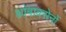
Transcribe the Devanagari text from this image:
थ्रांबाक्सेनों